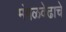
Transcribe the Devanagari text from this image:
मंगळवेढाचे